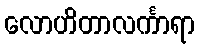
လောဟိတာလင်္ကာရာ